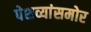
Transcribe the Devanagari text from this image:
पेशव्यांसमोर